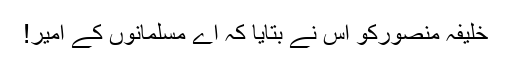
خلیفہ منصورکو اس نے بتایا کہ اے مسلمانوں کے امیر!